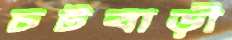
চটবাড়ী